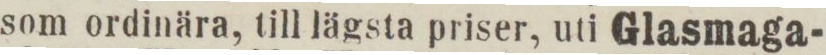
som ordinära, till lägsta priser, uti Glasmaga-